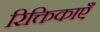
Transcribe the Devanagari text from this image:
रिक्तिकाएँ